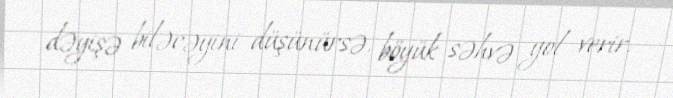
dəyişə biləcəyini düşünürsə, böyük səhvə yol verir.